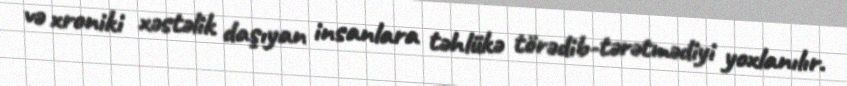
və xroniki xəstəlik daşıyan insanlara təhlükə törədib-tərətmədiyi yoxlanılır.